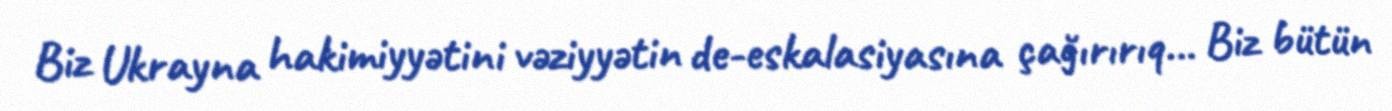
Biz Ukrayna hakimiyyətini vəziyyətin de-eskalasiyasına çağırırıq… Biz bütün